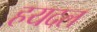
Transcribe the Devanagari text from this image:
हयदल